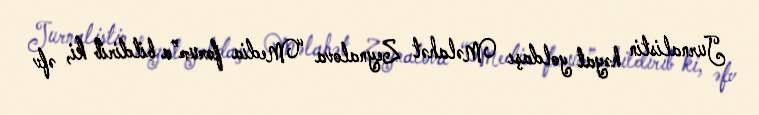
Jurnalistin həyat yoldaşı Məlahət Zeynalova “Media forum”a bildirib ki, əfv